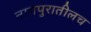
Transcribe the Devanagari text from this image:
नागपुरातीलच